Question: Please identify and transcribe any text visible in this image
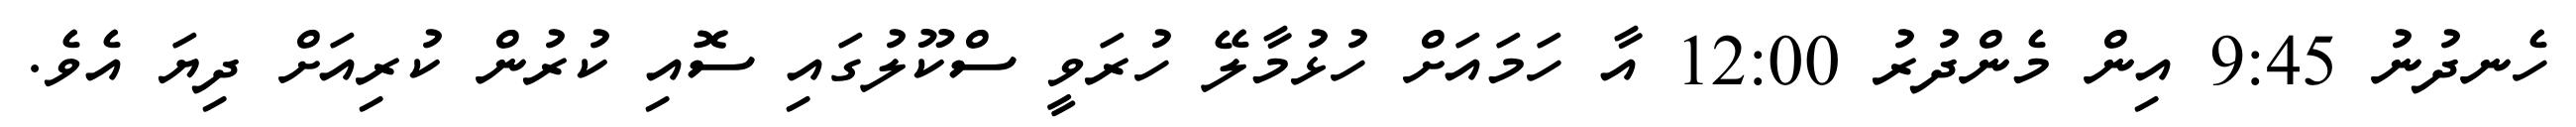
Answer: ހެނދުނު 9:45 އިން މެންދުރު 12:00 އާ ހަމައަށް ހުޅުމާލޭ ހުރަވީ ސްކޫލުގައި ސޮއި ކުރުން ކުރިއަށް ދިޔަ އެވެ.